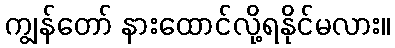
ကျွန်တော် နားထောင်လို့ရနိုင်မလား။